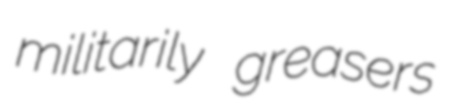
militarily greasers